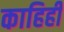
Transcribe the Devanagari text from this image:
काहिही